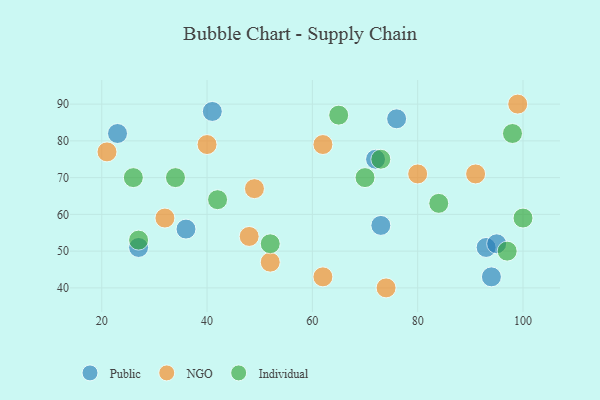
{"axis": {"x": "GDP", "y": "Life Expectancy"}, "legend": ["Individual", "NGO", "Public"], "data": [{"x": "93", "y": 51, "type": "Public"}, {"x": "27", "y": 51, "type": "Public"}, {"x": "76", "y": 86, "type": "Public"}, {"x": "95", "y": 52, "type": "Public"}, {"x": "23", "y": 82, "type": "Public"}, {"x": "73", "y": 57, "type": "Public"}, {"x": "94", "y": 43, "type": "Public"}, {"x": "41", "y": 88, "type": "Public"}, {"x": "36", "y": 56, "type": "Public"}, {"x": "72", "y": 75, "type": "Public"}, {"x": "80", "y": 71, "type": "NGO"}, {"x": "32", "y": 59, "type": "NGO"}, {"x": "21", "y": 77, "type": "NGO"}, {"x": "74", "y": 40, "type": "NGO"}, {"x": "52", "y": 47, "type": "NGO"}, {"x": "49", "y": 67, "type": "NGO"}, {"x": "40", "y": 79, "type": "NGO"}, {"x": "91", "y": 71, "type": "NGO"}, {"x": "99", "y": 90, "type": "NGO"}, {"x": "62", "y": 43, "type": "NGO"}, {"x": "48", "y": 54, "type": "NGO"}, {"x": "62", "y": 79, "type": "NGO"}, {"x": "65", "y": 87, "type": "Individual"}, {"x": "98", "y": 82, "type": "Individual"}, {"x": "34", "y": 70, "type": "Individual"}, {"x": "42", "y": 64, "type": "Individual"}, {"x": "73", "y": 75, "type": "Individual"}, {"x": "84", "y": 63, "type": "Individual"}, {"x": "26", "y": 70, "type": "Individual"}, {"x": "97", "y": 50, "type": "Individual"}, {"x": "70", "y": 70, "type": "Individual"}, {"x": "100", "y": 59, "type": "Individual"}, {"x": "27", "y": 53, "type": "Individual"}, {"x": "52", "y": 52, "type": "Individual"}]}